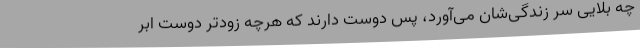
چه بلایی سر زندگی‌شان می‌آورد، پس دوست دارند که هرچه زودتر دوست ابر